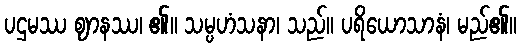
ပဌမဿ ဈာနဿ၊ ၏။ သမ္ပဟံသနာ၊ သည်။ ပရိယောသာနံ၊ မည်၏။